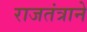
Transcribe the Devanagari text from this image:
राजतंत्राने